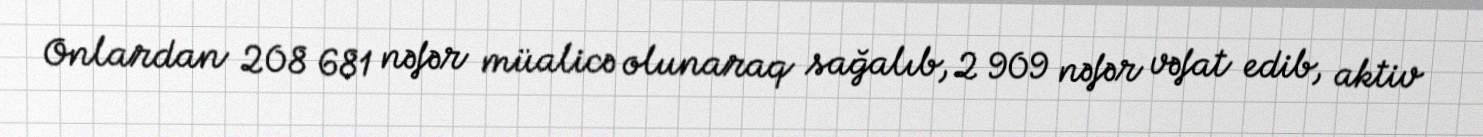
Onlardan 208 681 nəfər müalicə olunaraq sağalıb, 2 909 nəfər vəfat edib, aktiv